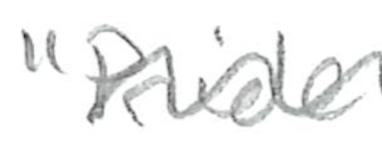
Text: "Pride
Cross-out: wave
Writing tool: pencil